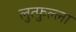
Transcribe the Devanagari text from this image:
लुत्फुल्ला